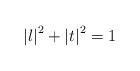
LaTeX: \begin{align*}\left| l\right| ^{2}+\left| t\right| ^{2}=1\end{align*}